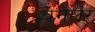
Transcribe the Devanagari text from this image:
बेगलर